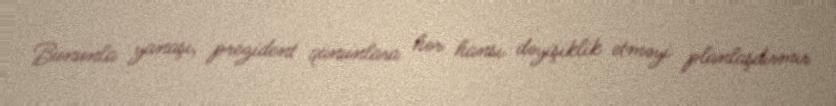
Bununla yanaşı, prezident qanunlara hər hansı dəyişiklik etməyi planlaşdırmır